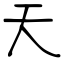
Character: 天